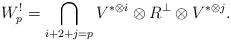
\begin{align*} W^!_p=\bigcap_{i+2+j=p} V^{\ast \otimes i}\otimes R^{\perp} \otimes V^{\ast \otimes j}.\end{align*}